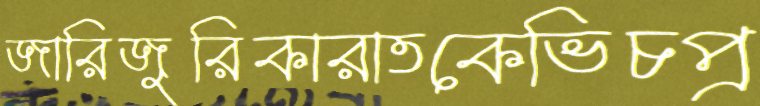
জারিজুরিকারাতকেভিচপ্র